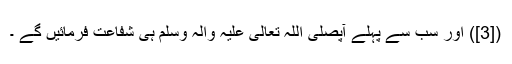
([3]) اور سب سے پہلے آپصَلَّی اللّٰہُ تَعَالٰی عَلَیْہِ وَاٰلہٖ وَسَلَّم ہی شَفاعت فرمائیں گے ۔